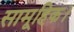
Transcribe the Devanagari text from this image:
सामूहिक।